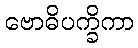
ဗောဓိပက္ခိကာ